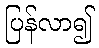
ပြန်လာ၍